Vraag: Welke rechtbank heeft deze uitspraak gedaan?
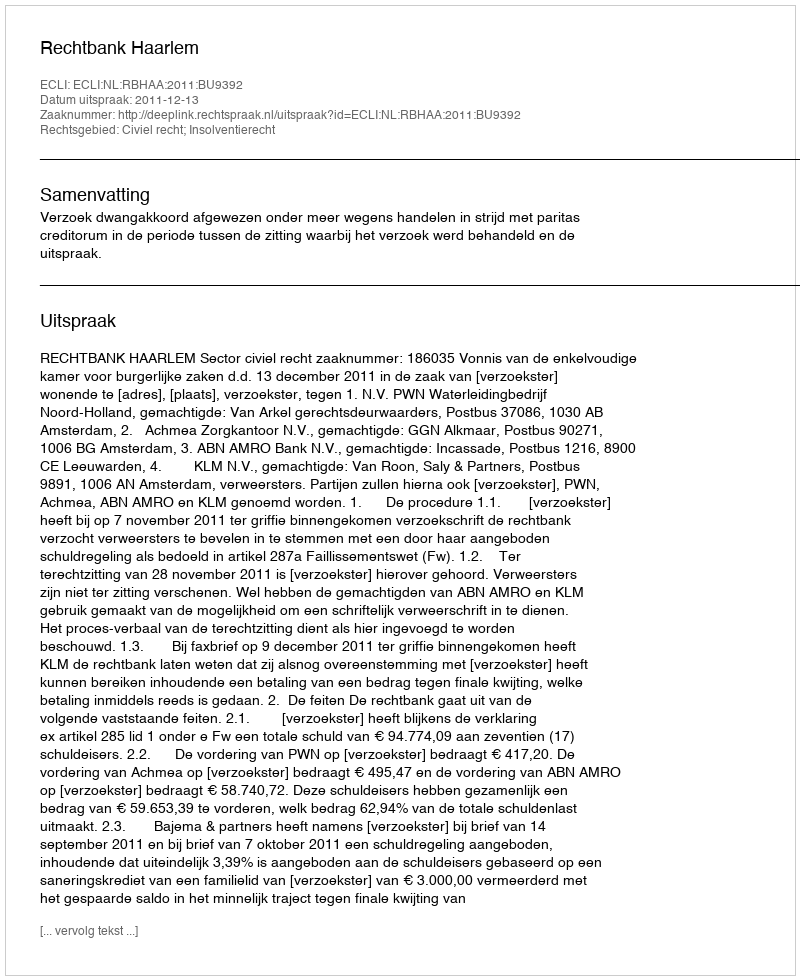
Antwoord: Rechtbank Haarlem